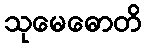
သုမေဓောတိ